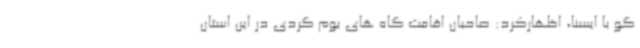
گو با ایسنا، اظهارکرد: صاحبان اقامت گاه های بوم گردی در این استان